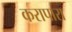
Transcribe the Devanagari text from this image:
करापारा